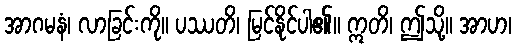
အာဂမနံ၊ လာခြင်းကို။ ပဿတိ၊ မြင်နိုင်ပါ၏။ ဣတိ၊ ဤသို့။ အာဟ၊